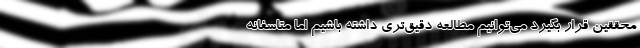
محققین قرار بگیرد می‌توانیم مطالعه دقیق‌تری داشته باشیم اما متاسفانه